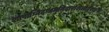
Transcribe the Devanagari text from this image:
शापाग्निदग्धमुनिदारशिलोद्धराङ्घ्रेः